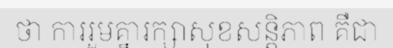
ថា ការរួមគ្នារក្សាសុខសន្តិភាព គឺជា